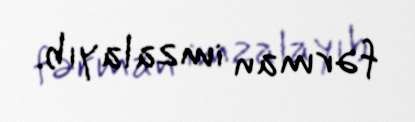
fərman imzalayıb.